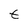
Character: t